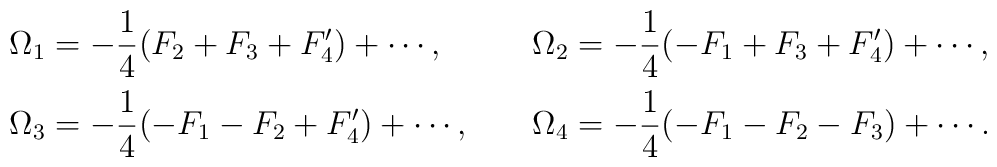
\renewcommand{\arraystretch}{2} \begin{array}{lcl}\displaystyle \Omega_1 = -\frac{1}{4}(F_2+F_3+F'_4)+\cdots, & ~ &\displaystyle \Omega_2 = -\frac{1}{4}(-F_1+F_3+F'_4)+\cdots, \\\displaystyle \Omega_3 = -\frac{1}{4}(-F_1-F_2+F'_4)+\cdots, & ~ &\displaystyle \Omega_4 = -\frac{1}{4}(-F_1-F_2-F_3)+\cdots. \end{array}